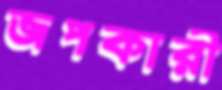
জপকারী